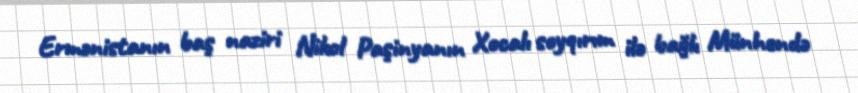
Ermənistanın baş naziri Nikol Paşinyanın Xocalı soyqırım ilə bağlı Münhendə